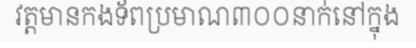
វត្តមានកងទ័ពប្រមាណ៣០០នាក់នៅក្នុង